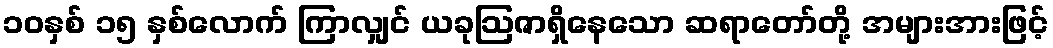
၁၀နှစ် ၁၅ နှစ်လောက် ကြာလျှင် ယခုဩဇာရှိနေသော ဆရာတော်တို့ အများအားဖြင့်